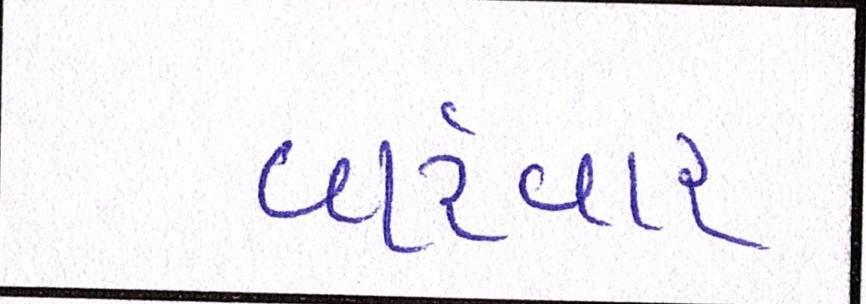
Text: વારંવાર